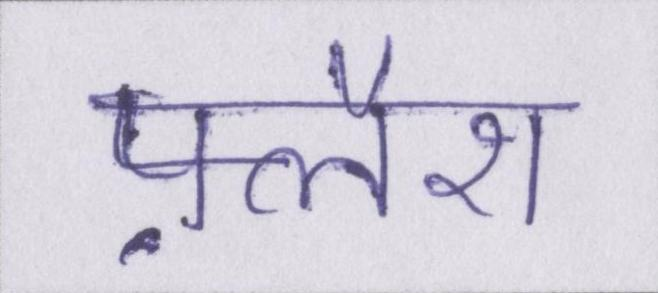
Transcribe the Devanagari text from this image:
फ़्लैश